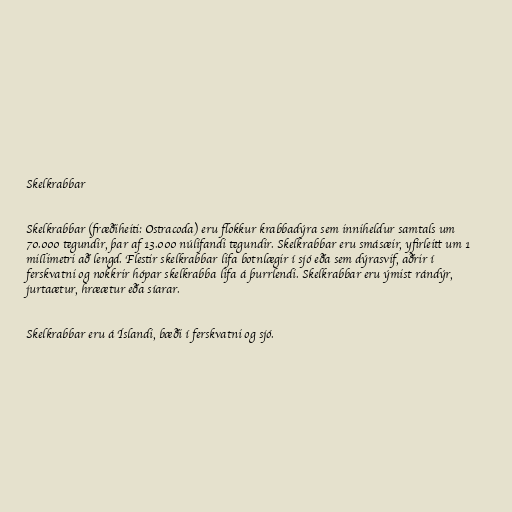
Skelkrabbar

Skelkrabbar (fræðiheiti: Ostracoda) eru flokkur krabbadýra sem inniheldur samtals um
70.000 tegundir, þar af 13.000 núlifandi tegundir. Skelkrabbar eru smásæir, yfirleitt um 1
millimetri að lengd. Flestir skelkrabbar lifa botnlægir í sjó eða sem dýrasvif, aðrir í
ferskvatni og nokkrir hópar skelkrabba lifa á þurrlendi. Skelkrabbar eru ýmist rándýr,
jurtaætur, hræætur eða síarar.

Skelkrabbar eru á Íslandi, bæði í ferskvatni og sjó.